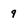
Character: 9